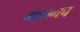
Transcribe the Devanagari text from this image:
गायनच